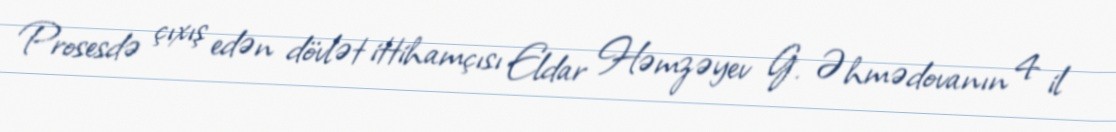
Prosesdə çıxış edən dövlət ittihamçısı Eldar Həmzəyev G. Əhmədovanın 4 il